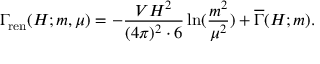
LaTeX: \Gamma _ { \mathrm { r e n } } ( H ; m , \mu ) = - { \frac { V H ^ { 2 } } { ( 4 \pi ) ^ { 2 } \cdot 6 } } \ln ( { \frac { m ^ { 2 } } { \mu ^ { 2 } } } ) + \overline { { { \Gamma } } } ( H ; m ) .